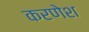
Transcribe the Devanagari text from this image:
करणेश